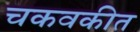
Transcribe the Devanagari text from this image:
चकवकीत